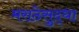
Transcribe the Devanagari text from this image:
मराठेसुद्धा